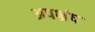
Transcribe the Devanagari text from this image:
अपभ्रंष